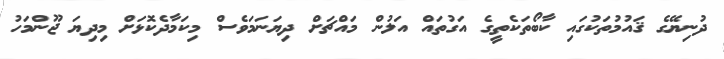
ދުނިޔޭގެ ޤައުމުތަކުގައި ކާބޯތަކެތީގެ އަގުތައް އަލުން މައްޗަށް ދިޔަނަމަވެސް މިކަމާދެކޮޅަށް މިދިޔަ ޖޫންމަހު